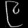
Digit: ၉